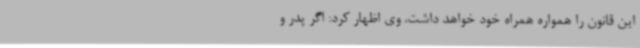
این قانون را همواره همراه خود خواهد داشت. وی اظهار کرد: اگر پدر و